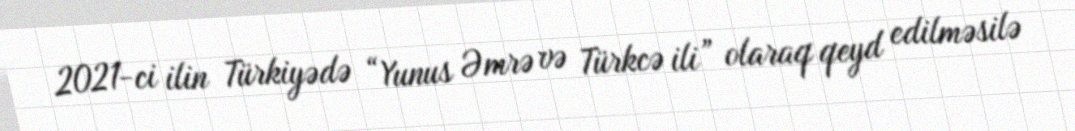
2021-ci ilin Türkiyədə “Yunus Əmrə və Türkcə ili” olaraq qeyd edilməsilə